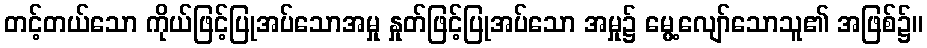
တင့်တယ်သော ကိုယ်ဖြင့်ပြုအပ်သောအမှု နှုတ်ဖြင့်ပြုအပ်သော အမှု၌ မွေ့လျော်သောသူ၏ အဖြစ်၌။